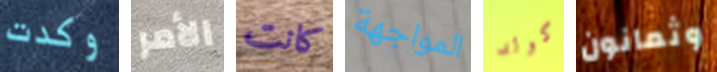
وكدت الأمر كانت المواجهة كولد وثمانون